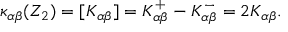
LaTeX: \kappa _ { \alpha \beta } ( Z _ { 2 } ) = [ K _ { \alpha \beta } ] = K _ { \alpha \beta } ^ { + } - K _ { \alpha \beta } ^ { - } = 2 K _ { \alpha \beta } .